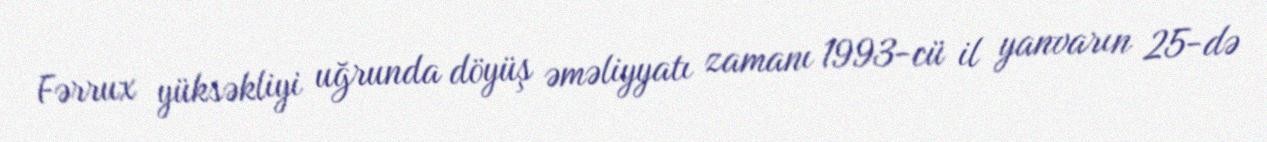
Fərrux yüksəkliyi uğrunda döyüş əməliyyatı zamanı 1993-cü il yanvarın 25-də